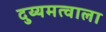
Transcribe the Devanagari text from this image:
दुय्यमत्वाला